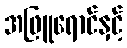
အဖြူရောင်နှင့်